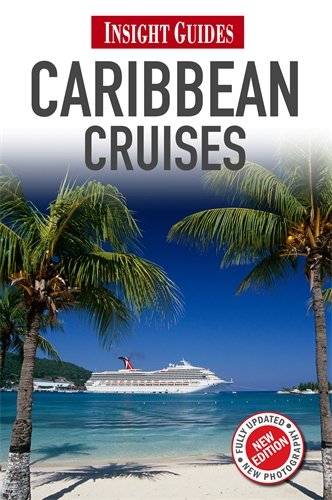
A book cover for Insight Guides Caribbean Cruises; Sue Bryant; Travel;